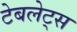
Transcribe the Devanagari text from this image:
टेबलेट्स